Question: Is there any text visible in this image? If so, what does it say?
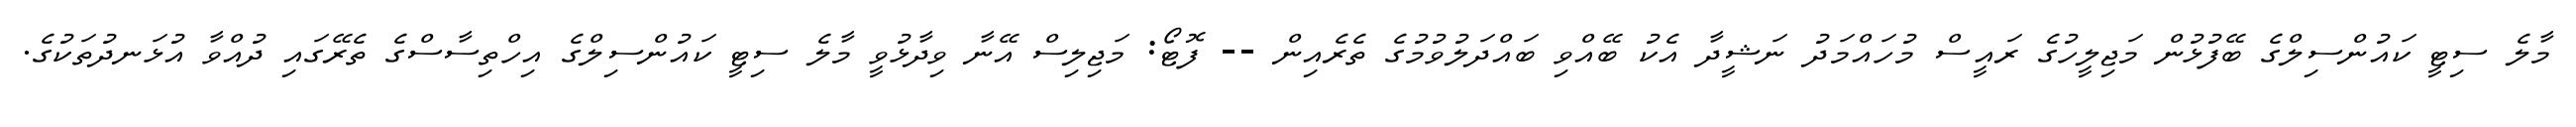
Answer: މާލެ ސިޓީ ކައުންސިލްގެ ބޭފުޅުން މަޖިލީހުގެ ރައީސް މުހައްމަދު ނަޝީދާ އެކު ބޭއްވި ބައްދަލުވުމުގެ ތެރެއިން -- ފޮޓޯ: މަޖިލިސް އޭނާ ވިދާޅުވީ މާލެ ސިޓީ ކައުންސިލްގެ އިހްތިސާސްގެ ތެރޭގައި ދުއްވާ އުޅަނދުތަކުގެ.